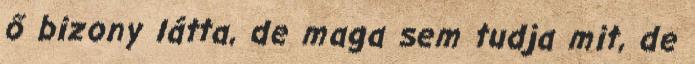
ő bizony látta, de maga sem tudja mit, de